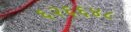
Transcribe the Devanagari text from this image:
६२६६४८